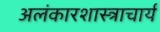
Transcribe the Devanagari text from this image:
अलंकारशास्त्राचार्य